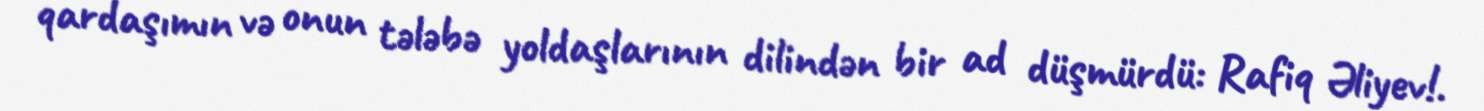
qardaşımın və onun tələbə yoldaşlarının dilindən bir ad düşmürdü: Rafiq Əliyev!.